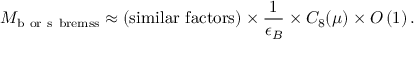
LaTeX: M _ { \mathrm { b \ o r \ s \ b r e m s s } } \approx ( \mathrm { s i m i l a r \ f a c t o r s } ) \times { \frac { 1 } { \epsilon _ { B } } } \times C _ { 8 } ( \mu ) \times O \left( 1 \right) .